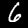
Digit: 6